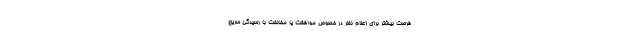
فرصت بیشتر برای اعلام نظر در خصوص موافقت یا مخالفت با رسیدگی سریع